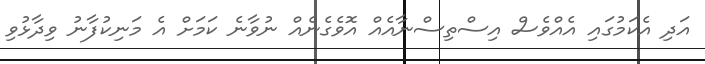
އަދި އެކަމުގައި އެއްވެސް އިސްތިސްނާއެއް އޮވެގެނެއް ނުވާނެ ކަމަށް އެ މަނިކުފާނު ވިދާޅުވި